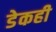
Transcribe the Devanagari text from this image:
डेकही